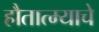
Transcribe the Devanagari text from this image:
हौतात्म्याचे